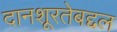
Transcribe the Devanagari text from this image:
दानशूरतेबद्दल